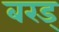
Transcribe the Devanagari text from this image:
बरड्